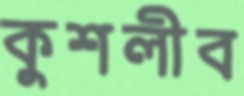
কুশলীব